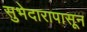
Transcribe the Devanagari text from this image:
सुभेदारापासून